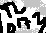
Text: TL072